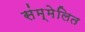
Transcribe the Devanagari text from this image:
संम्मेलित